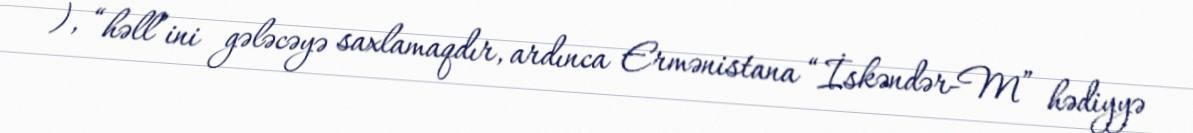
), “həll”ini gələcəyə saxlamaqdır, ardınca Ermənistana “İskəndər-M” hədiyyə